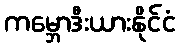
ကမ္ဘောဒီးယားနိုင်ငံ